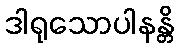
ဒါရုသောပါနန္တိ